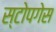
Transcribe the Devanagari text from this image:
स्टोपगेस